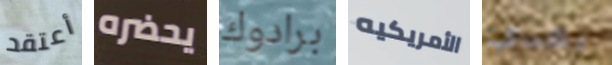
أعتقد يحضره برادوك الأمريكيه بعدي